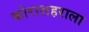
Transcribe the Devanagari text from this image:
कोराशहराला